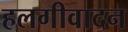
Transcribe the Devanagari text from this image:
हलगीवादन